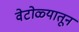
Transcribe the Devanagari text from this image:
वेटोळ्यातून